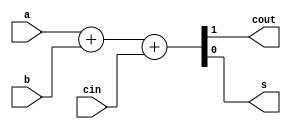
`timescale 1ns / 1ns
//////////////////////////////////////////////////////////////////////////////////
// Company: 
// Engineer: 
// 
// Design Name: 
// Module Name: fullAdder2
// Project Name: 
// Target Devices: 
// Tool Versions: 
// Description: 
// 
// Dependencies: 
// 
// Revision:
// Revision 0.01 - File Created
// Additional Comments:
// 
//////////////////////////////////////////////////////////////////////////////////


module fullAdder2(
    output cout,
    output s,
    input a,
    input b,
    input cin
    );

assign {cout,s} = a + b + cin;

endmodule